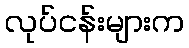
လုပ်ငန်းများက